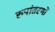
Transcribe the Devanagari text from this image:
रुपांतरणों